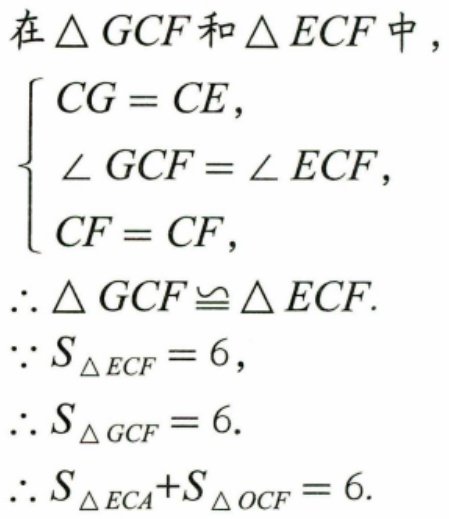
在\(\triangle GCF\)和\(\triangle ECF\)中，
\(\begin{cases}
CG = CE, \\
\angle GCF = \angle ECF, \\
CF = CF,
\end{cases}\)
\(\therefore \triangle GCF\cong \triangle ECF\).
\(\because S_{\triangle ECF}=6\)，
\(\therefore S_{\triangle GCF}=6\).
\(\therefore S_{\triangle ECA}+S_{\triangle OCF}=6\).